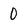
Character: 0